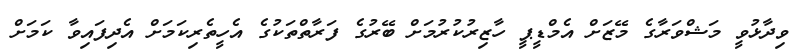
ވިދާޅުވީ މަޝްވަރާގެ މޭޒަށް އެމްޑީޕީ ހާޒިރުކުރުމަށް ބޭރުގެ ފަރާތްތަކުގެ އެހީތެރިކަމަށް އެދިފައިވާ ކަމަށް